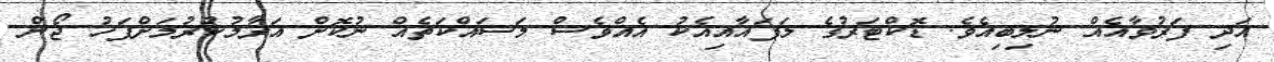
އަދި ފަރުވާއެއް ނުލިބިއެވެ. ޑޮކްޓަރުގެ ލަފައާއިއެކު އެއްވެސް މަަސައްކަތެއް ނުކޮށް އަރާމުކުރުމަށްފަހު ޖޯން